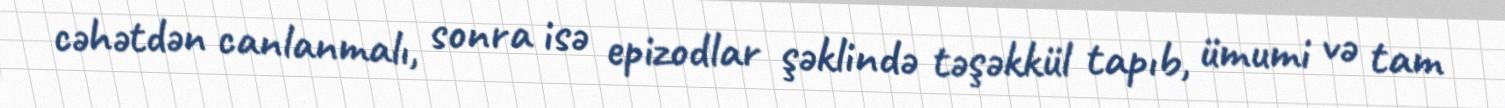
cəhətdən canlanmalı, sonra isə epizodlar şəklində təşəkkül tapıb, ümumi və tam